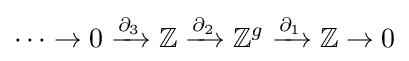
\cdots \to 0\xrightarrow {\partial _{3}} \mathbb {Z} \xrightarrow {\partial _{2}} \mathbb {Z} ^{g}\xrightarrow {\partial _{1}} \mathbb {Z} \to 0